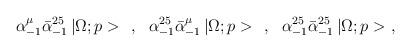
LaTeX: \begin{align*}\alpha^\mu_{-1}\bar{\alpha}^{25}_{-1}\,|\Omega;p>\ \ ,\ \ \alpha^{25}_{-1}\bar{\alpha}^\mu_{-1}\,|\Omega;p>\ \ ,\ \ \alpha^{25}_{-1}\bar{\alpha}^{25}_{-1}\,|\Omega;p>\ ,\end{align*}